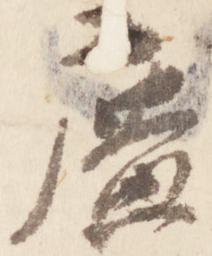
広